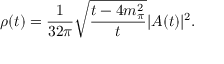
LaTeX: \rho ( t ) = \frac 1 { 3 2 \pi } \sqrt { \frac { t - 4 m _ { \pi } ^ { 2 } } t } | { \cal A } ( t ) | ^ { 2 } .